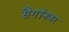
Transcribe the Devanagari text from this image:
सैगॉनवर